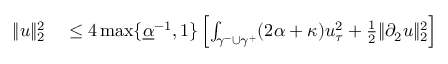
\begin{array} { r l } { \| u \| _ { 2 } ^ { 2 } } & { { } \leq 4 \operatorname* { m a x } \lbrace \underline { { \alpha } } ^ { - 1 } , 1 \rbrace \left[ \int _ { \gamma ^ { - } \cup \gamma ^ { + } } ( 2 \alpha + \kappa ) u _ { \tau } ^ { 2 } + \frac { 1 } { 2 } \| \partial _ { 2 } u \| _ { 2 } ^ { 2 } \right] } \end{array}